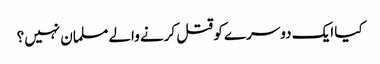
کیا ایک دوسرے کو قتل کرنے والے مسلمان نہیں؟